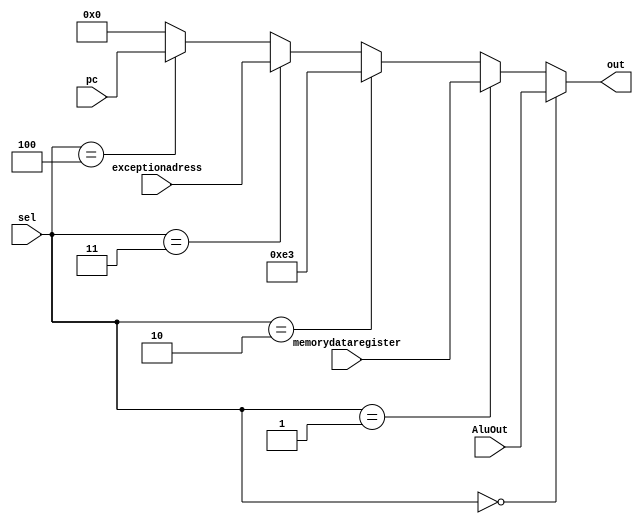
// mux do memtoreg
module memToRegMUX (
    input wire [2:0] sel,
    input wire [31:0] AluOut,
    input wire [31:0] memorydataregister,
    input wire [31:0] exceptionadress,
    input wire [31:0] pc,
    output wire [31:0] out
);

    assign out =(sel == 0)? AluOut :
                (sel == 1)? memorydataregister :
                (sel == 2)? 32'd227 :
                (sel == 3)? exceptionadress :
                (sel == 4)? pc : 32'b00000000000000000000000000000000;

endmodule